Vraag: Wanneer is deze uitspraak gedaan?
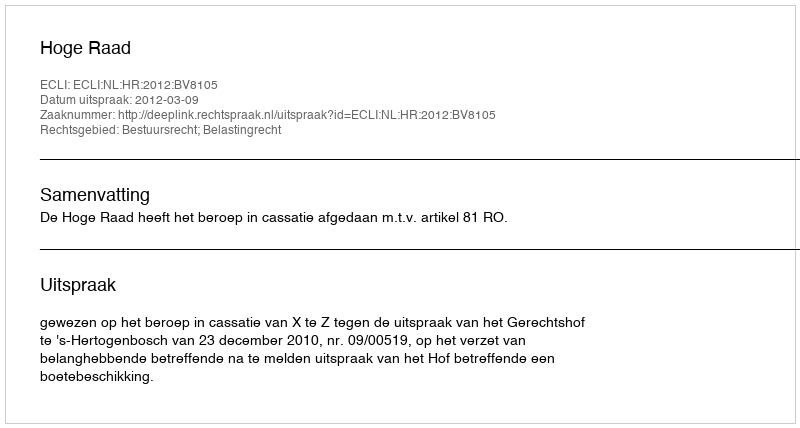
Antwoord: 2012-03-09